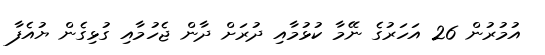
އުމުރުން 26 އަހަރުގެ ނޭމާ ކުޅުމާއި ދުރަށް ދާން ޖެހުމާއި ގުޅިގެން ޔުއެފާ